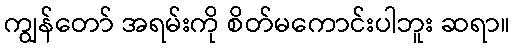
ကျွန်တော် အရမ်းကို စိတ်မကောင်းပါဘူး ဆရာ။